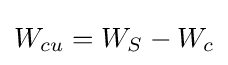
W_{cu}=W_{S}-W_{c}